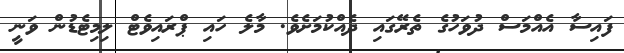
ފައިސާ އެއްމަސް ދުވަހުގެ ތެރޭގައި ދެއްކުމަށެވެ. މާލެ ހައި ޕްރައިވެޓް ލިމިޓެޑުން ވަނީ